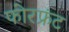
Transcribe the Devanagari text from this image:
फोरफ्रंट